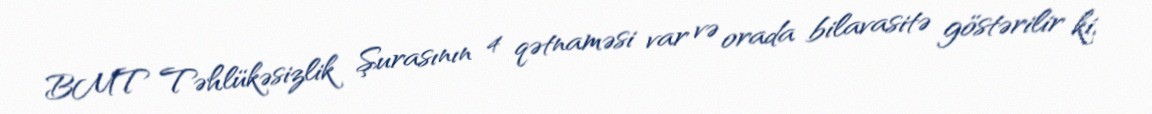
BMT Təhlükəsizlik Şurasının 4 qətnaməsi var və orada bilavasitə göstərilir ki,